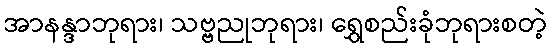
အာနန္ဒာဘုရား၊ သဗ္ဗညုဘုရား၊ ရွှေစည်းခုံဘုရားစတဲ့